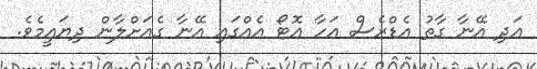
އަދި އޭނާ ގާތު އެޑްރެސް އަހާ އޮޓޯ އެއްގައި އޭނާ ގެއަށްލާން ދިޔައީމެވެ.